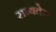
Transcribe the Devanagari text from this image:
सभ्यतेस